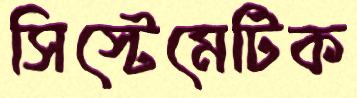
সিস্টেমেটিক